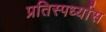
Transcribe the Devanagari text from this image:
प्रतिस्पर्ध्यास